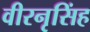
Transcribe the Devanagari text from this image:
वीरनृसिंह